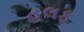
હલફ